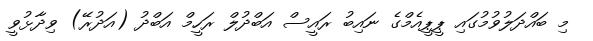
މި ބައްދަލުވުމުގައި ޕީޕީއެމްގެ ނައިބު ރައީސް އަބްދުލް ރަހީމް އަބްދު (އަދުރޭ) ވިދާޅުވީ